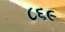
૮૬૯